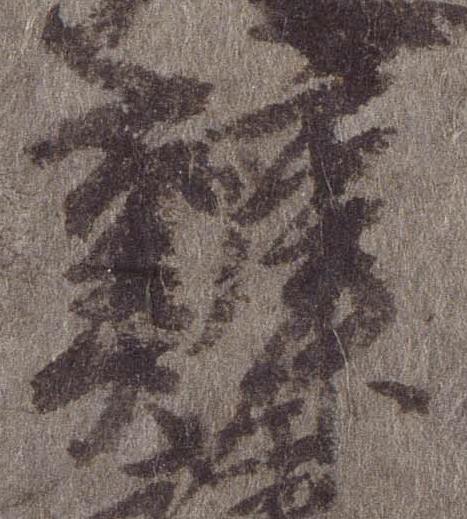
弁